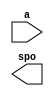
/*******************************************************************************
*     This file is owned and controlled by Xilinx and must be used solely      *
*     for design, simulation, implementation and creation of design files      *
*     limited to Xilinx devices or technologies. Use with non-Xilinx           *
*     devices or technologies is expressly prohibited and immediately          *
*     terminates your license.                                                 *
*                                                                              *
*     XILINX IS PROVIDING THIS DESIGN, CODE, OR INFORMATION "AS IS" SOLELY     *
*     FOR USE IN DEVELOPING PROGRAMS AND SOLUTIONS FOR XILINX DEVICES.  BY     *
*     PROVIDING THIS DESIGN, CODE, OR INFORMATION AS ONE POSSIBLE              *
*     IMPLEMENTATION OF THIS FEATURE, APPLICATION OR STANDARD, XILINX IS       *
*     MAKING NO REPRESENTATION THAT THIS IMPLEMENTATION IS FREE FROM ANY       *
*     CLAIMS OF INFRINGEMENT, AND YOU ARE RESPONSIBLE FOR OBTAINING ANY        *
*     RIGHTS YOU MAY REQUIRE FOR YOUR IMPLEMENTATION.  XILINX EXPRESSLY        *
*     DISCLAIMS ANY WARRANTY WHATSOEVER WITH RESPECT TO THE ADEQUACY OF THE    *
*     IMPLEMENTATION, INCLUDING BUT NOT LIMITED TO ANY WARRANTIES OR           *
*     REPRESENTATIONS THAT THIS IMPLEMENTATION IS FREE FROM CLAIMS OF          *
*     INFRINGEMENT, IMPLIED WARRANTIES OF MERCHANTABILITY AND FITNESS FOR A    *
*     PARTICULAR PURPOSE.                                                      *
*                                                                              *
*     Xilinx products are not intended for use in life support appliances,     *
*     devices, or systems.  Use in such applications are expressly             *
*     prohibited.                                                              *
*                                                                              *
*     (c) Copyright 1995-2012 Xilinx, Inc.                                     *
*     All rights reserved.                                                     *
*******************************************************************************/

/*******************************************************************************
*     Generated from core with identifier: xilinx.com:ip:dist_mem_gen:7.2      *
*                                                                              *
*     The LogiCORE Xilinx Distributed Memory Generator creates area and        *
*     performance optimized ROM blocks, single and dual port distributed       *
*     memories, and SRL16-based memories for Xilinx FPGAs. The core            *
*     supersedes the previously released LogiCORE Distributed Memory core.     *
*     Use this core in all new designs for supported families wherever a       *
*     distributed memory is required.                                          *
*******************************************************************************/
// Synthesized Netlist Wrapper
// This file is provided to wrap around the synthesized netlist (if appropriate)

module ROMbinBCD (
  a,
  spo
);

  input [7 : 0] a;
  output [11 : 0] spo;

  // WARNING: This file provides a module declaration only, it does not support
  //          direct instantiation. Please use an instantiation template (VEO) to
  //          instantiate the IP within a design.

endmodule